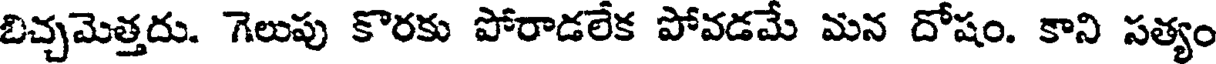
బిచ్చమెత్తదు. గెలుపు కొరకు పోరాడలేక పోవడమే మన దోషం. కాని సత్యం